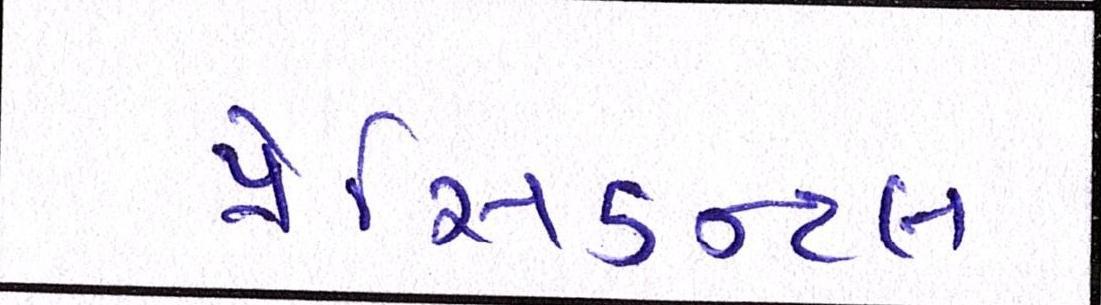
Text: પ્રેસિડન્ટલ